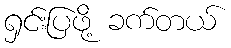
ရှင်းပြဖို့ ခက်တယ်